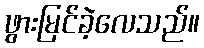
ဖွားမြင်ခဲ့လေသည်။